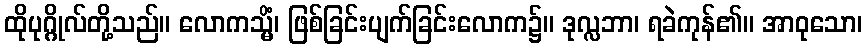
ထိုပုဂ္ဂိုလ်တို့သည်။ လောကသ္မိံ၊ ဖြစ်ခြင်းပျက်ခြင်းလောက၌။ ဒုလ္လဘာ၊ ရခဲကုန်၏။ အာဝုသော၊